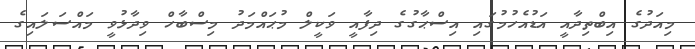
މިއަދުގެ އިބްތިދާއީ އަޑުއެހުމުގައި އިސްޙާގުގެ ދިފާއީ ވަކީލް މުޙައްމަދު މިސްބާހް ވިދާޅުވީ މައްސަލައިގެ